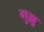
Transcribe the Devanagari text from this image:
गुल्लु